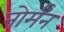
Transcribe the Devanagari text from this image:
नोर्मंन